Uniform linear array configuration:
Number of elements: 8
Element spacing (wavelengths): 1
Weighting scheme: cosine
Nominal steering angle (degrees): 60
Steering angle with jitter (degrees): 59.235
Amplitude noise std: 0.05
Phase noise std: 0.05

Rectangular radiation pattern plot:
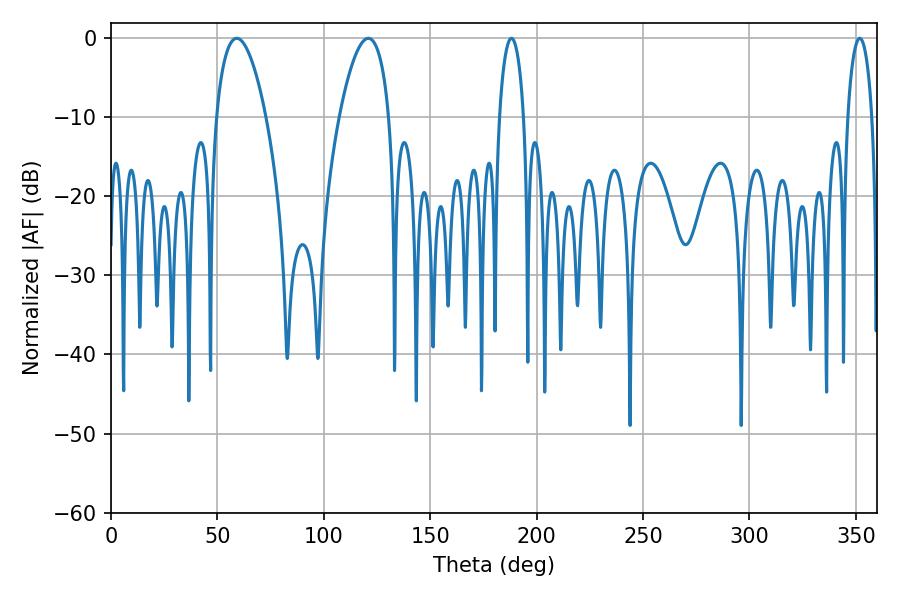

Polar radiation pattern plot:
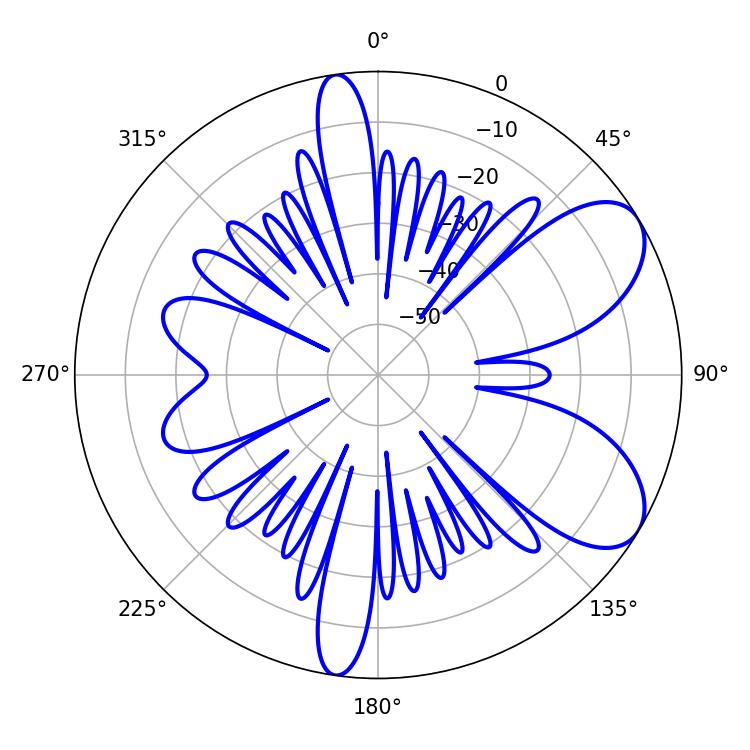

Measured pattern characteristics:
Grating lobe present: TRUE
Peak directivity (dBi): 7.334
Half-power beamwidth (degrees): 12.96
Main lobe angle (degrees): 59.04